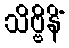
သိဗ္ဗိနိံ